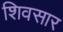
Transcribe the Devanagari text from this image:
शिवसार